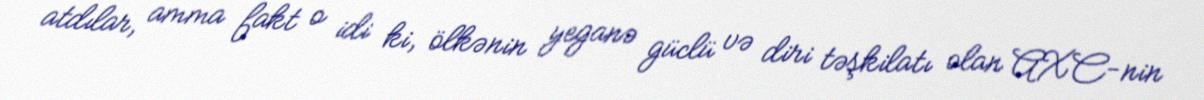
atdılar, amma fakt o idi ki, ölkənin yeganə güclü və diri təşkilatı olan AXC-nin